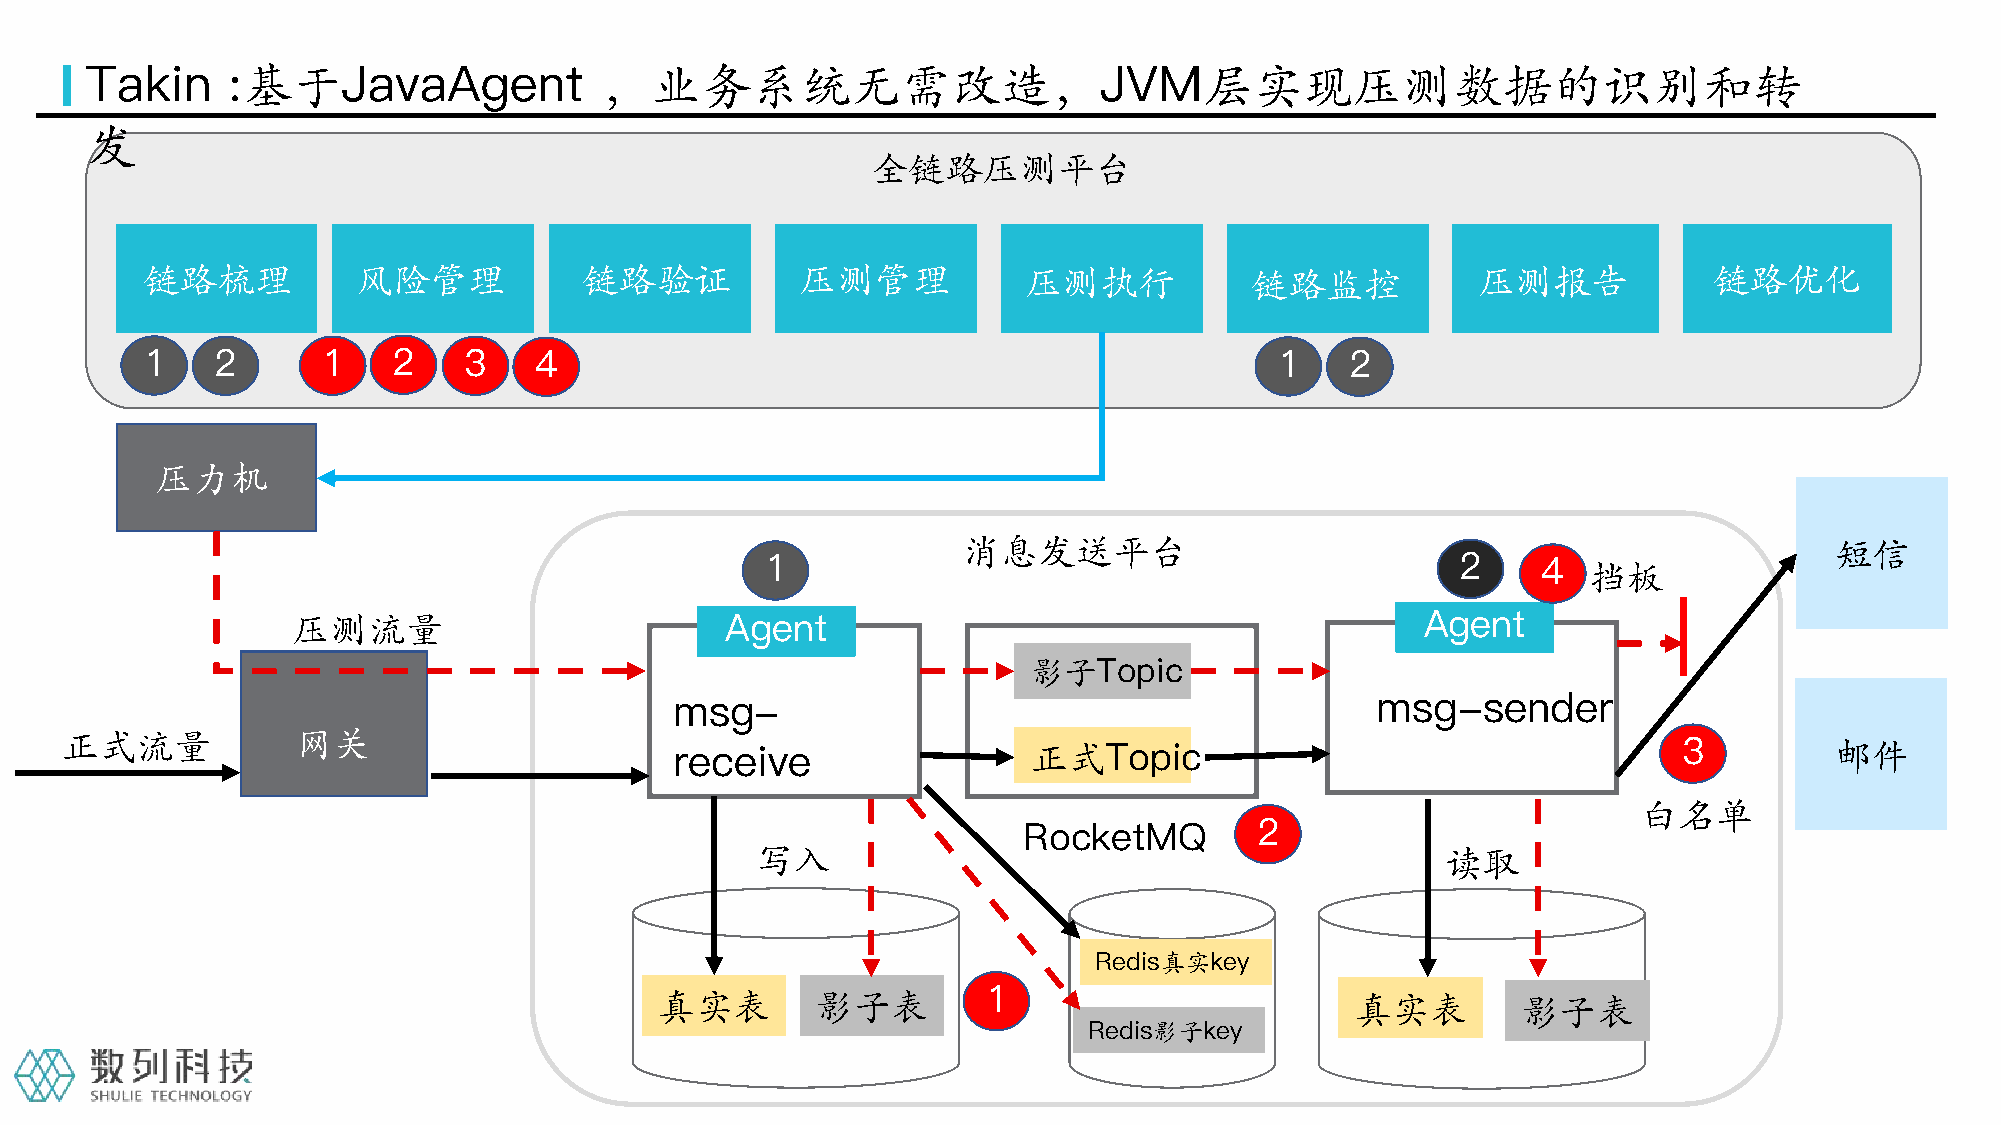
Takin    :基于JavaAgent             ，业务系统无需改造，JVM层实现压测数据的识别和转
 发
 全链路压测平台
 链路梳理          风险管理           链路验证           压测管理           压测执行           链路监控           压测报告           链路优化
 1   2       1   2    3   4                                                 1   2
 压力机
 消息发送平台                                                   短信
 1                                             2    4  挡板
 压测流量                         Agent                                         Agent
 影子Topic
 msg-                                          msg-sender
 正式流量           网关                        receive                正式Topic                                    3         邮件
 白名单
 RocketMQ       2
 写入                                            读取
 Redis真实key
 1
 真实表        影子表                                 真实表        影子表
 Redis影子key